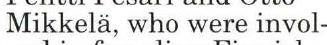
Mikkelä, who were invol-